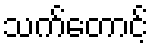
သက်တောင့်